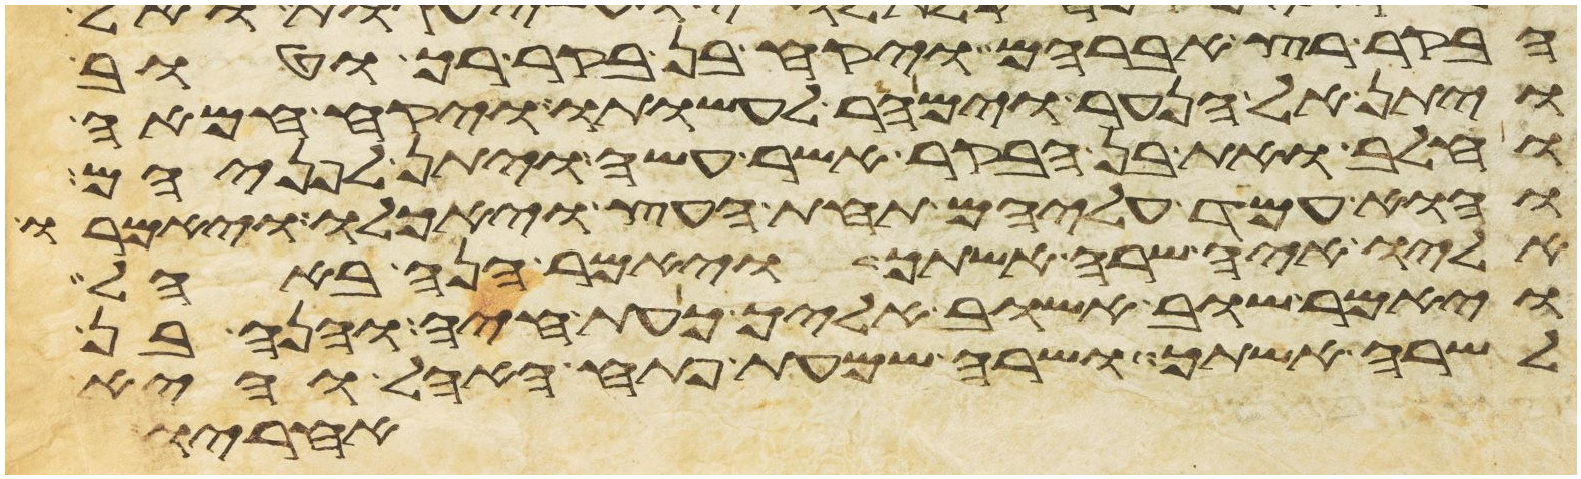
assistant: הבקר רץ אברהם ויקח בן בקר רך וטוב
ויתן אל הנער וימהר לעשותו ויקח חמאה
וחלב ואת בן הבקר אשר עשה ויתן לפניהם
והוא עמד עליהם תחת העץ ויאכלו ויאמרו
אליו איה שרה אשתך ויאמר הנה באהל
ויאמר שוב אשוב אליך כעת חיה והנה בן
לשרה אשתך ושרה שמעת פתח האהל והיא
אחריו